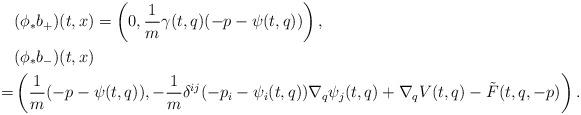
LaTeX: \begin{align*}&(\phi_*b_+)(t,x)=\left(0,\frac{1}{m}\gamma(t,q)(-p-\psi(t,q))\right),\\&(\phi_*b_-)(t,x)\\=&\left(\frac{1}{m}(-p-\psi(t,q)),-\frac{1}{m} \delta^{ij}(-p_i-\psi_i(t,q))\nabla_q \psi_j(t,q)+\nabla_qV(t,q)-\tilde F(t,q,-p)\right).\end{align*}